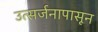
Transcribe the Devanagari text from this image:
उत्सर्जनापासून